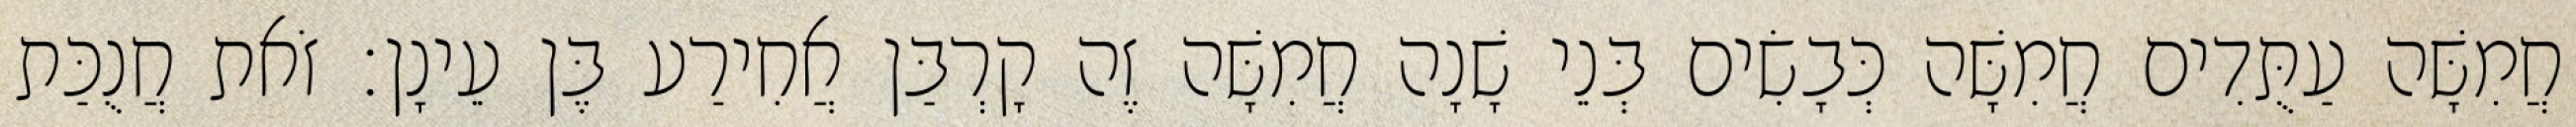
חֲמִשָּׁה עַתֻּדִים חֲמִשָּׁה כְּבָשִׂים בְּנֵי שָׁנָה חֲמִשָּׁה זֶה קָרְבַּן אֲחִירַע בֶּן עֵינָן׃ זֹאת חֲנֻכַּת